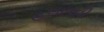
હલાવવી